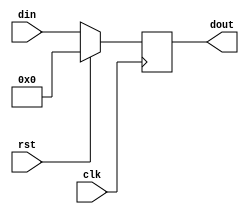
module dff_16b(dout, din, clk, rst);

  input             clk;
  input             rst;
  input [15:0]      din;
  output reg [15:0] dout;
  
  always @(posedge clk) begin
    if (rst)
      dout <= 0;
    else 
      dout <= din;
    end

endmodule